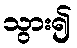
သွား၍